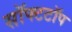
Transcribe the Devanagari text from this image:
सॉफ्टटॉप